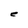
Character: C